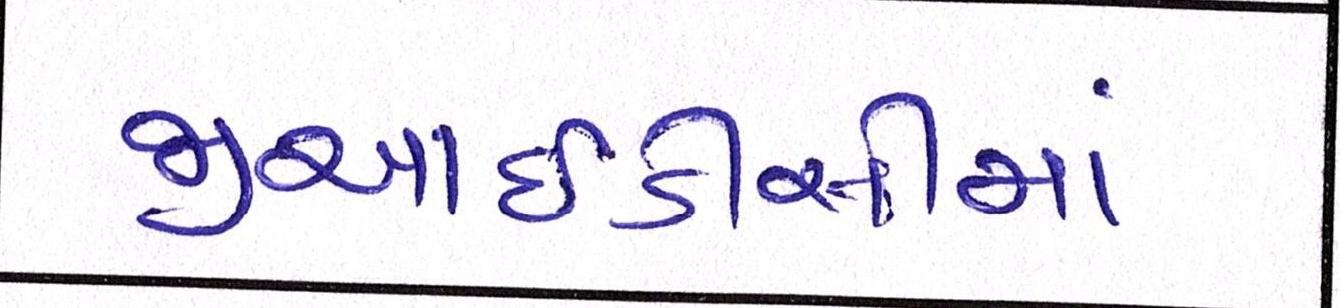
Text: જીઆઇડીસીમાં